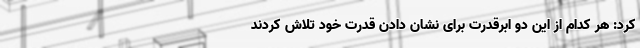
کرد: هر کدام از این دو ابرقدرت برای نشان دادن قدرت خود تلاش کردند